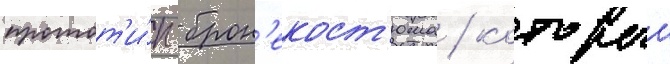
протот'и́п брон'екост'юма / которыи